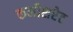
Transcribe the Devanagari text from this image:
कमीशरेट